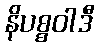
နိပစ္စဝါဒီ